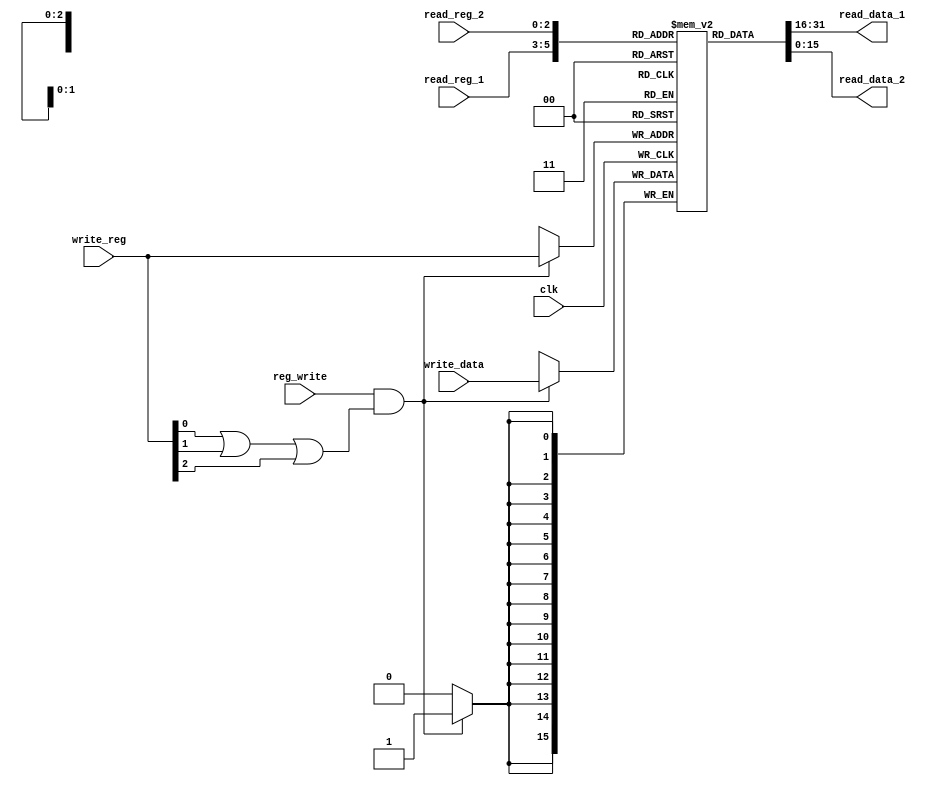
`timescale 1ns / 1ps
//////////////////////////////////////////////////////////////////////////////////
// Company: 
// Engineer: 
// 
// Design Name: 
// Module Name:    register_file 
// Project Name: 
// Target Devices: 
// Tool versions: 
// Description: 
//
// Dependencies: 
//
// Revision: 
// Revision 0.01 - File Created
// Additional Comments: 
//
//////////////////////////////////////////////////////////////////////////////////
module register_file(input clk, input reg_write, input [2:0] read_reg_1, input [2:0] read_reg_2, input [2:0] write_reg,
							input [15:0] write_data, output [15:0] read_data_1, output [15:0] read_data_2
    );

reg [15:0] registers [7:0];

integer i;
initial begin
registers[0] = 0;
for (i = 1; i<8; i = i+1)
	registers[i]= i;
end

always@(posedge clk)
begin
	if(reg_write & (write_reg[0] | write_reg[1] | write_reg[2]))
		registers[write_reg] <= write_data;
end

assign read_data_1 = registers[read_reg_1];
assign read_data_2 = registers[read_reg_2];


endmodule